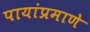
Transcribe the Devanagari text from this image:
पायांप्रमाणे